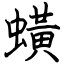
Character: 蟥